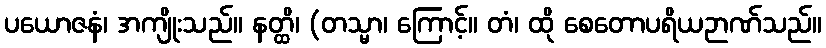
ပယောဇနံ၊ အကျိုးသည်။ နတ္ထိ၊ (တသ္မာ၊ ကြောင့်။ တံ၊ ထို စေတောပရိယဉာဏ်သည်။